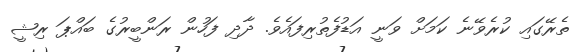
ތެރޭގައިި ކުރެވޭނެ ކަމަށް ވަނީ އަޑުފެތުރިފައެވެ. ދާދި ފަހުން ރަންބީރުގެ ބައްޕަ ރިޝީ